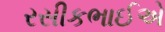
રસીકભાઈએ